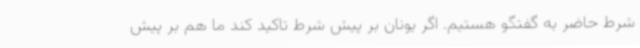
شرط حاضر به گفتگو هستیم. اگر یونان بر پیش شرط تاکید کند ما هم بر پیش